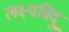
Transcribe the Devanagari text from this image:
लक्ष्यबिंदु